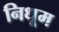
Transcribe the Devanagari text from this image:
निधूम